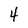
Character: 4